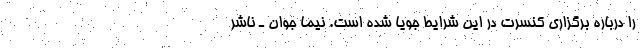
را درباره برگزاری کنسرت در این شرایط جویا شده است. نیما جوان ـ ناشر